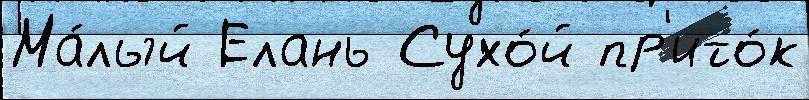
Ма́лый Елань Сухо́й пр'ито́к